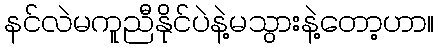
နင်လဲမကူညီနိုင်ပဲနဲ့မသွားနဲ့တော့ဟာ။